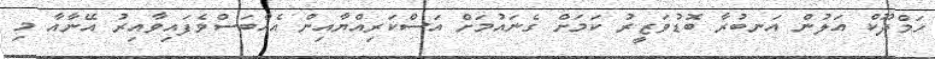
ހަމްދޫކް އަލުން އަނބުރާ ބޮޑުވަޒީރު ކަމަށް ގެނައުމަށް އަސްކަރިއްޔާއިން އެއްބަސްވެފައިވާއިރު އޭނާއާ މި